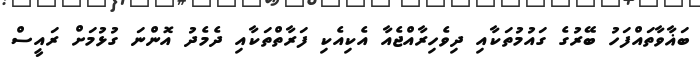
ބަޣާވާތައްފަހު ބޭރުގެ ގައުމުތަކާއި ދިވެހިރާއްޖެއާ އެކިއެކި ފަރާތްތަކާއި ދެމެދު އޮންނަ ގުޅުމަށް ރައީސް